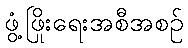
ဖွံ့ဖြိုးရေးအစီအစဉ်